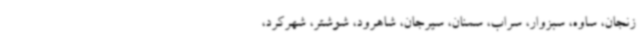
زنجان، ساوه، سبزوار، سراب، سمنان، سیرجان، شاهرود، شوشتر، شهرکرد،